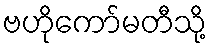
ဗဟိုကော်မတီသို့